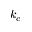
k _ { c }